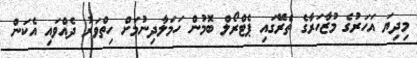
މިދިޔަ އަހަރުގެ މުޒާހަރާގެ ތެރޭގައި ޕެޓްރޯލް ބޮމުން ހަމަލާދިނުމަށް ހިތްވަރު ދެއްވައި އެކަން